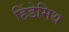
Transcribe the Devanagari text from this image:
हिंडेमिथ